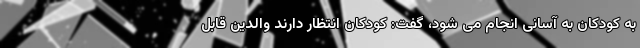
به کودکان به آسانی انجام می شود، گفت: کودکان انتظار دارند والدین قابل